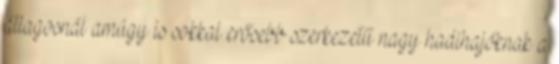
átlagosnál amúgy is sokkal erősebb szerkezetű nagy hadihajóknak a